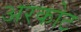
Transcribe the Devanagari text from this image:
अरकोट